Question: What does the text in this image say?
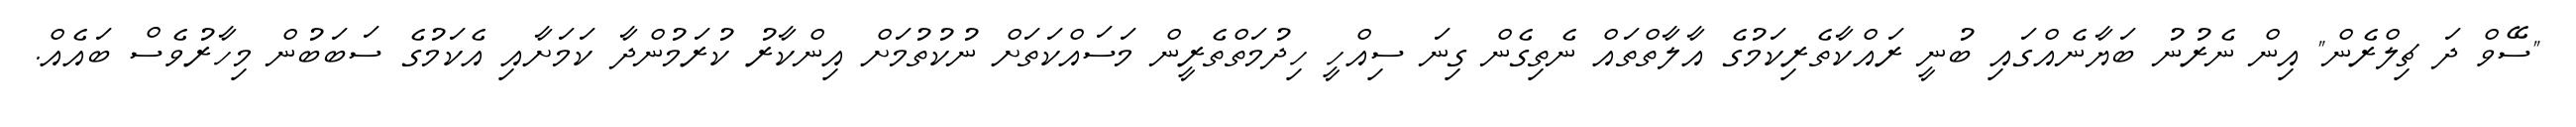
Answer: "ސޭވް ދަ ޗިލްރެން" އިން ނެރުނު ބަޔާނެއްގައި ބުނީ ރައްކާތެރިކަމުގެ އާލާތްތައް ނެތިގެން ގިނަ ސިއްހީ ހިދުމަތްތެރީން މަސައްކަތަށް ނުކުތުމަށް އިންކާރު ކުރަމުންދާ ކަމަށާއި އެކަމުގެ ސަބަބުން މިހާރުވެސް ބައެއް.